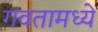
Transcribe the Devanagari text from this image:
गवतामध्ये